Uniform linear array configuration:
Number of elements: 48
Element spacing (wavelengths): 1
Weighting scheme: hann
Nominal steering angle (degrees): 45
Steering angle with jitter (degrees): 44.367
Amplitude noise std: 0.05
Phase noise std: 0.05

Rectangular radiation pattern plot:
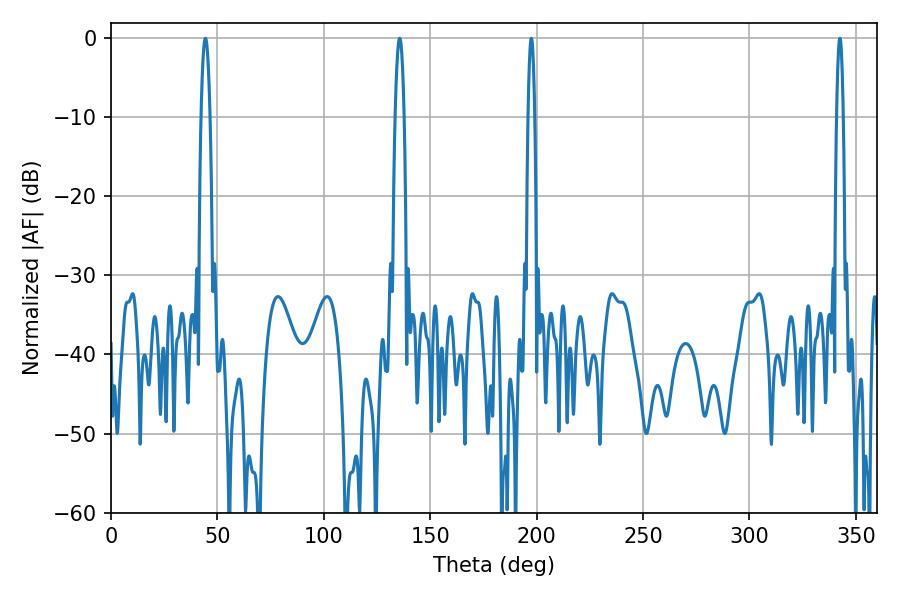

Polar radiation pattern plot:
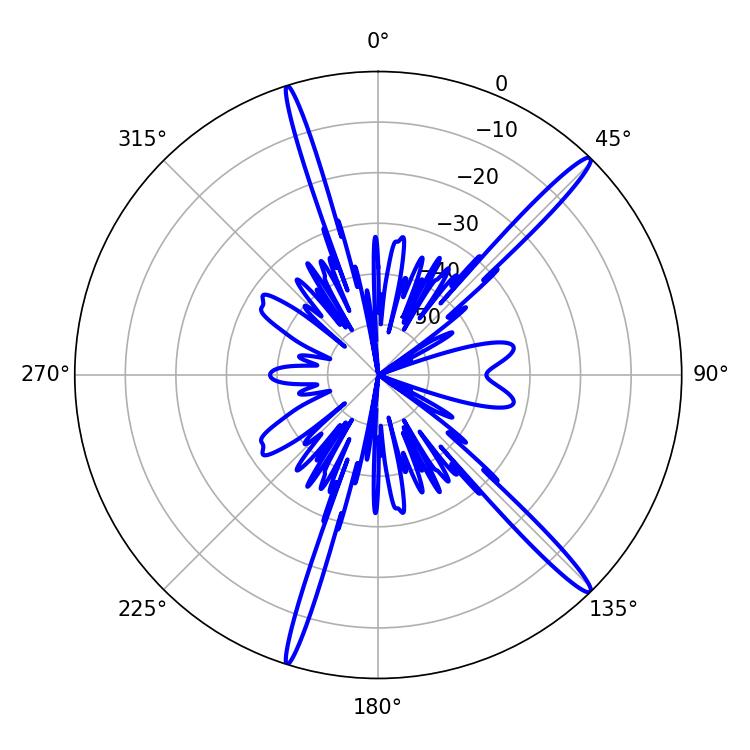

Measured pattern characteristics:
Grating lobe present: TRUE
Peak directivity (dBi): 16.751
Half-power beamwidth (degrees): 1.62
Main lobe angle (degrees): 197.46